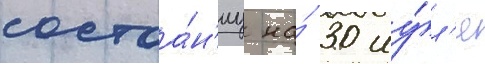
состоа́н'иу на́ 30 иу́л'я